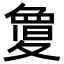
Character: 𭐬